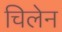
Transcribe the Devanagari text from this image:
चिलेन